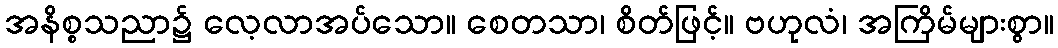
အနိစ္စသညာ၌ လေ့လာအပ်သော။ စေတသာ၊ စိတ်ဖြင့်။ ဗဟုလံ၊ အကြိမ်များစွာ။